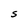
Character: S